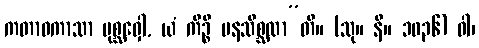
ကတာဝကာသာ ပုစ္ဆဝှေါ, ယံ ကိဉ္စိ မနသိစ္ဆထာ”တိ။ (သု။ နိ။ ၁၀၃၆) ဝါ၊